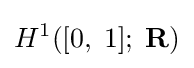
H^{1}([0,\;1];\;\mathbf {R} )